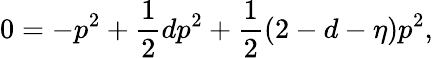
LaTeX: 0=-p^{2}+\frac{1}{2}dp^{2}+\frac{1}{2}(2-d-\eta)p^{2},